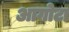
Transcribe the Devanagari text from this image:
आगोटा